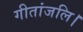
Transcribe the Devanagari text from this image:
गीतांजलि।